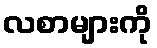
လစာများကို